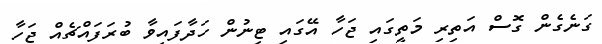
ގަނެގެން ގޮސް އަތިރި މަތީގައި ޖަހާ އޭގައި ޓިނުން ހަދާފައިވާ ބުރަފައްޗެއް ޖަހާ